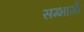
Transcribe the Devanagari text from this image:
सम्भागोँ